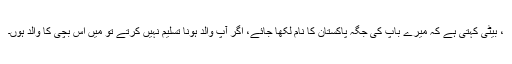
، بیٹی کہتی ہے کہ میرے باپ کی جگہ پاکستان کا نام لکھا جائے، اگر آپ والد ہونا تسلیم نہیں کرتے تو میں اس بچی کا والد ہوں۔